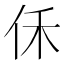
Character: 𪜰